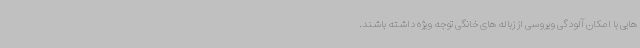
هایی با امکان آلودگی ویروسی از زباله های خانگی توجه ویژه داشته باشند.